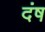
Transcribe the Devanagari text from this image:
दंष